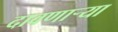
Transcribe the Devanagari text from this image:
दावणाऱ्या